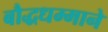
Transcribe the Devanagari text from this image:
बौद्धधम्माने